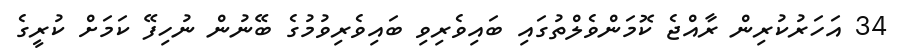
34 އަހަރުކުރިން ރާއްޖެ ކޮމަންވެލްތުގައި ބައިވެރިވި ބައިވެރިވުމުގެ ބޭނުން ނުހިފޭ ކަމަށް ކުރީގެ